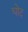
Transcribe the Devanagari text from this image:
घोद